Lunatic asylums in Bengal annual reports 1899-1911 - 1899-1911
Year: 1899
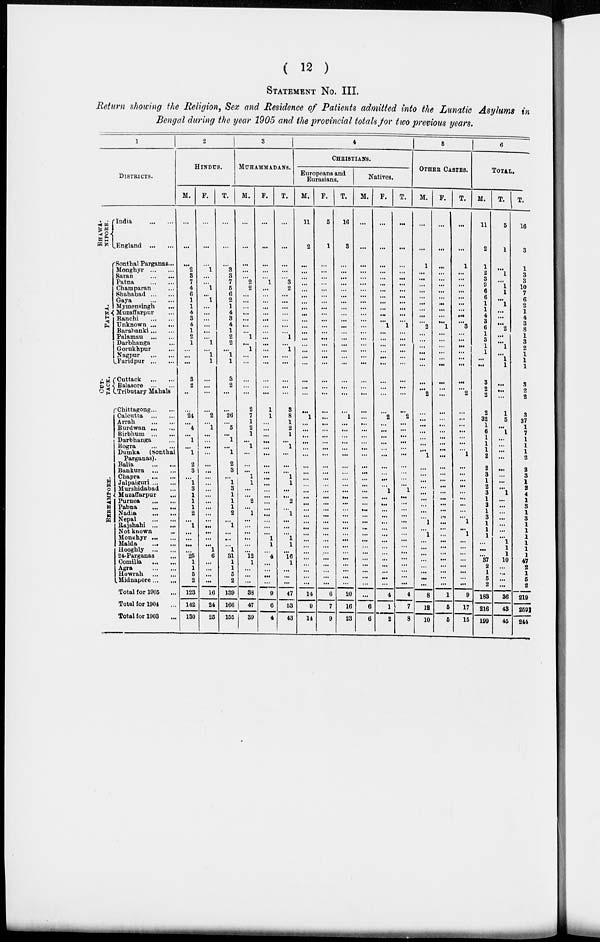
( 12 )
STATEMENT NO. III.
Return showing the Religion, Sex and Residence of Patients admitted into the Lunatic Asylums in
Bengal during the year 1905 and the provincial totals for two previous years.
1
DISTRICTS.
BHAWA-
NIPORE.
PATNA.
CUT-
TACK.
BERHAMPORE.
India ... ...
England ... ...
Sonthal Parganas ...
Monghyr ... ...
Saran ... ...
Patna ... ...
Champaran ... ...
Shahabad ... ...
Gaya ... ...
Mymensingh ... ...
Muzaffarpur ...
Ranchi ... ...
Unknown ... ...
Barabanki ... ...
Palamau ... ...
Darbhanga ...
Gorukhpur ...
Nagpur ... ...
Faridpur ... ...
Cuttack ... ...
Balasore ... ...
Tributary Mahals
Chittagong ... ...
Calcutta ... ...
Arrah ... ...
Burdwan ... ...
Birbhum ... ...
Darbhanga ...
Bogra
... ...
Dumka
(Sonthal
Parganas).
Balia ... ...
Bankura ... ...
Chapra ... ...
Jalpaiguri ... ...
Murshidabad ...
Muzaffarpur ...
Purnea ... ...
Pabna ... ...
Nadia ... ...
Nepal ... ...
Rajshahi ... ...
Not known ... ...
Monghyr ... ...
Malda ... ...
Hooghly ... ...
24-Parganas ...
Comilla ... ...
Agra ... ...
Howrah ... ...
Midnapore ... ...
Total tor 1905 ...
Total for 1904 ...
Total for 1903 ...
2
HINDUS.
M.
...
...
...
2
3
7
4
6
1
1
4
3
4
1
2
1
...
...
...
3
2
...
...
24
...
4
...
1
...
1
2
3
...
1
3
1
1
1
2
...
1
...
...
...
...
25
1
1
5
2
123
142
130
F.
...
...
...
1
...
...
1
...
1
...
...
...
...
...
...
1
...
1
1
...
...
...
...
2
...
1
...
...
...
...
...
...
...
...
...
...
...
...
...
...
...
...
...
...
1
6
...
...
...
...
16
24
25
T.
...
...
...
3
3
7
5
6
2
1
4
3
4
1
2
2
...
1
1
3
2
...
...
26
...
5
...
1
...
1
2
3
...
1
3
1
1
1
2
...
1
...
...
...
1
31
1
1
5
2
139
166
155
3
MUHAMMADANS.
M.
...
...
...
...
...
2
2
...
...
...
...
...
...
...
1
...
1
...
...
...
...
...
2
7
1
2
1
...
1
...
...
...
1
1
...
...
2
...
1
...
...
...
...
...
...
12
1
...
...
...
38
47
39
F.
...
...
...
...
...
1
...
...
...
...
...
...
...
...
...
...
...
...
...
...
...
...
1
1
...
...
...
...
...
...
...
...
...
...
...
...
...
...
...
...
...
...
1
1
...
4
...
...
...
...
9
6
4
T.
...
...
...
...
...
3
2
...
...
...
...
...
...
...
1
...
1
...
...
...
...
...
3
8
1
2
1
...
1
...
...
...
1
1
...
...
2
...
1
...
...
...
1
1
...
16
1
...
...
...
47
53
43
4
CHRISTIANS.
Europeans and
Eurasians.
M.
11
2
...
...
...
...
...
...
...
...
...
...
...
...
...
...
...
...
...
...
...
...
...
1
...
...
...
...
...
...
...
...
...
...
...
...
...
...
...
...
...
...
...
...
...
...
...
...
...
...
14
9
14
F.
5
1
...
...
...
...
...
...
...
...
...
...
...
...
...
...
...
...
...
...
...
...
...
...
...
...
...
...
...
...
...
...
...
...
...
...
...
...
...
...
...
...
...
...
...
...
...
...
...
...
6
7
9
T.
16
3
...
...
...
...
...
...
...
...
...
...
...
...
...
...
...
...
...
...
...
...
...
1
...
...
...
...
...
...
...
...
...
...
...
...
...
...
...
...
...
...
...
...
...
...
...
...
...
...
20
16
23
Natives.
M.
...
...
...
...
...
...
...
...
...
...
...
...
...
...
...
...
...
...
...
...
...
...
...
...
...
...
...
...
...
...
...
...
...
...
...
...
...
...
...
...
...
...
...
...
...
...
...
...
...
...
...
6
6
F.
...
...
...
...
...
...
...
...
...
...
...
...
1
...
...
...
...
...
...
...
...
...
...
2
...
...
...
...
...
...
...
...
...
...
1
...
...
...
...
...
...
...
...
...
...
...
...
...
...
...
4
1
2
T.
...
...
...
...
...
...
...
...
...
...
...
...
1
...
...
...
...
...
...
...
...
...
...
2
...
...
...
...
...
...
...
...
...
...
1
...
...
...
...
...
...
...
...
...
...
...
...
...
...
...
4
7
8
5
OTHER CASTES.
M.
...
...
1
...
...
...
...
...
...
...
...
...
2
...
...
...
...
...
...
...
...
2
...
...
...
...
...
...
1
...
...
...
...
...
...
...
...
...
1
...
1
...
...
...
...
...
...
...
...
8
12
10
F.
...
...
...
...
...
...
...
...
...
...
...
...
1
...
...
...
...
...
...
...
...
...
...
...
...
...
...
...
...
...
...
...
...
...
...
...
...
...
...
...
...
...
...
...
...
...
...
...
...
...
1
5
5
T.
...
...
1
...
...
...
...
...
...
...
...
...
3
...
...
...
...
...
...
...
...
2
...
...
...
...
...
...
...
1
...
...
...
...
...
...
...
...
...
1
...
1
...
...
...
...
...
...
...
...
9
17
15
6
TOTAL.
M.
11
2
1
2
3
9
6
6
1
1
4
3
6
1
3
1
1
...
...
3
2
2
2
32
1
6
1
1
1
2
2
3
1
2
3
1
3
1
3
1
1
1
...
...
...
37
2
1
5
2
183
216
199
F.
5
1
...
1
...
1
1
...
1
...
...
...
2
...
...
1
...
1
1
...
...
...
1
5
...
1
...
...
...
...
...
...
...
...
1
...
...
...
...
...
...
...
1
1
1
10
...
...
...
...
36
43
45
T.
16
3
1
3
3
10
7
6
2
1
4
3
8
1
3
2
1
1
1
3
2
2
3
37
1
7
1
1
1
2
2
3
1
2
4
1
3 1
3
1
1
1
1
1
1
47
2
1
5
2
219
259
244